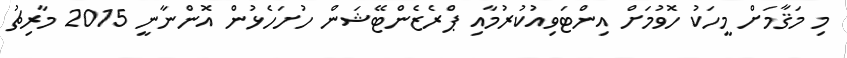
މި މަޤާމަށް މީހަކު ހޮވުމަށް އިންޓަވިއުކުރުމާއި ޕްރެޒެންޓޭޝަން ހުށަހެޅުން އޮންނާނީ 2015 މާރިޗު